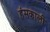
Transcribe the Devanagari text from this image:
हंसकाली